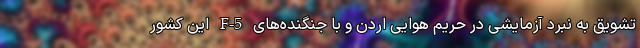
تشویق به نبرد آزمایشی در حریم هوایی اردن و با جنگنده‌های F-5 این کشور